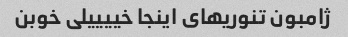
ژامبون تنوریهای اینجا خییییلی خوبن